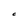
Character: C